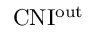
\mathrm { C N I ^ { \mathrm { o u t } } }